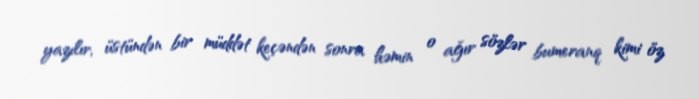
yazılır, üstündən bir müddət keçəndən sonra həmin o ağır sözlər bumeranq kimi öz